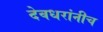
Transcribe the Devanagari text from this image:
देवधरांनीच